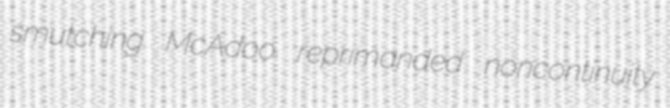
smutching McAdoo reprimanded noncontinuity